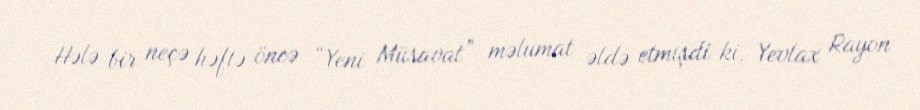
Hələ bir neçə həftə öncə “Yeni Müsavat” məlumat əldə etmişdi ki, Yevlax Rayon